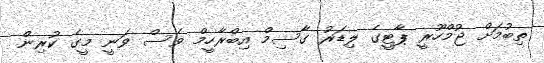
ތިބުމަށް ޖުމްހޫރީ ޕާޓީގެ ލިޑަރު ގާސިމް އިބްރާހީމް ވެސް ވަނީ މީގެ ކުރިން